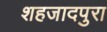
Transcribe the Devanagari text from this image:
शहजादपुरा